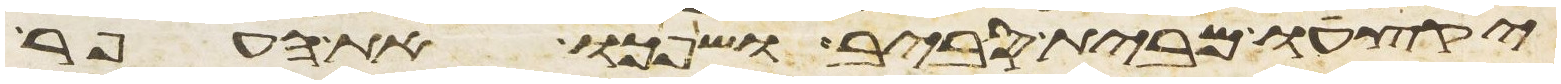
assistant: יקצעו מבית סביב ושפכו את העפר